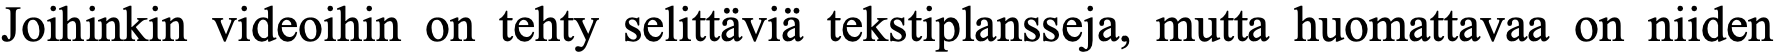
Joihinkin videoihin on tehty selittäviä tekstiplansseja, mutta huomattavaa on niiden